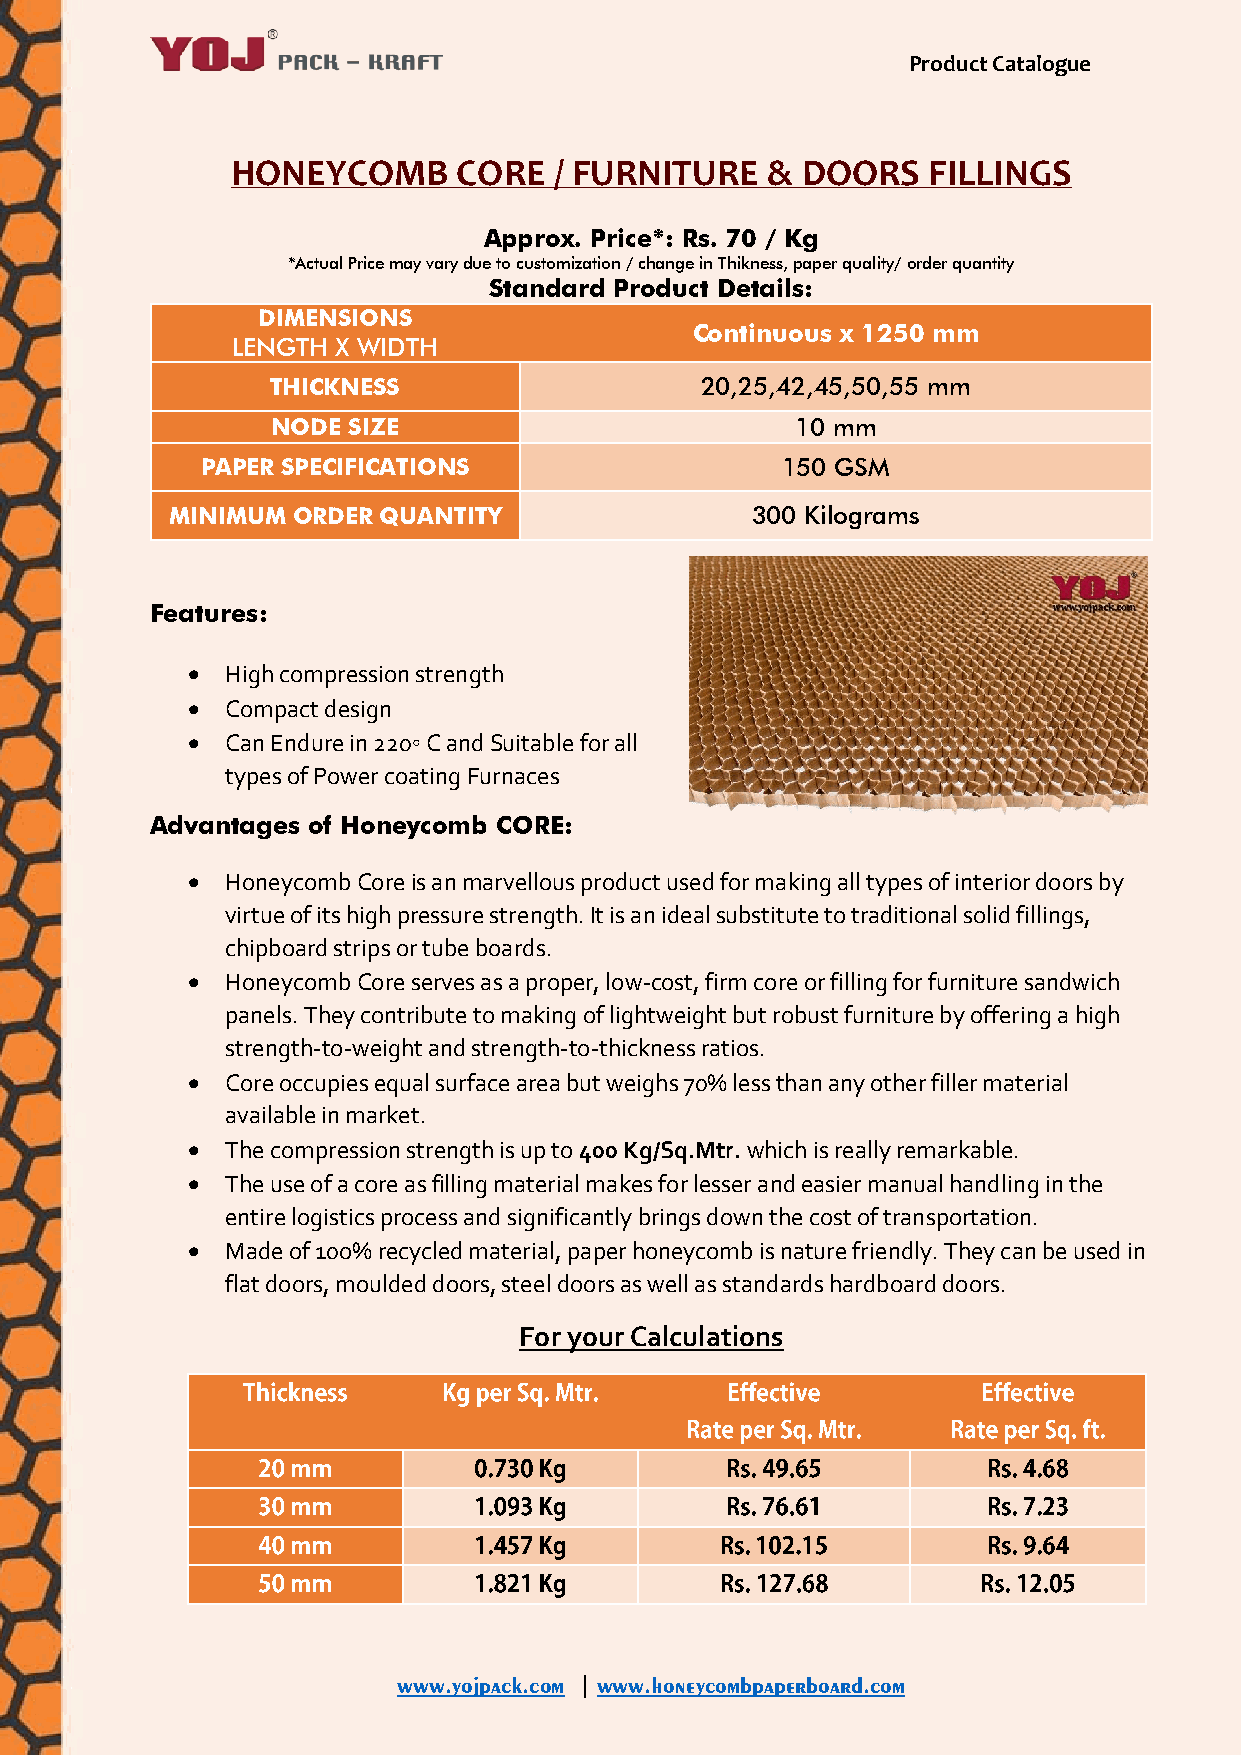
Product Catalogue
 HONEYCOMB      CORE   / FURNITURE   & DOORS   FILLINGS
 Approx. Price*: Rs. 70 / Kg
 *Actual Price may vary due to customization / change in Thikness, paper quality/ order quantity
 Standard Product Details:
 DIMENSIONS
 Continuous x 1250 mm
 LENGTH X WIDTH
 THICKNESS                   20,25,42,45,50,55 mm
 NODE SIZE                          10 mm
 PAPER SPECIFICATIONS                   150 GSM
 MINIMUM ORDER QUANTITY                 300 Kilograms
 Features:
   High compression strength
   Compact design
   Can Endure in 220◦ C and Suitable for all
 types of Power coating Furnaces
 Advantages of Honeycomb CORE:
   Honeycomb Core is an marvellous product used for making all types of interior doors by
 virtue of its high pressure strength. It is an ideal substitute to traditional solid fillings,
 chipboard strips or tube boards.
   Honeycomb Core serves as a proper, low-cost, firm core or filling for furniture sandwich
 panels. They contribute to making of lightweight but robust furniture by offering a high
 strength-to-weight and strength-to-thickness ratios.
   Core occupies equal surface area but weighs 70% less than any other filler material
 available in market.
   The compression strength is up to 400 Kg/Sq.Mtr. which is really remarkable.
   The use of a core as filling material makes for lesser and easier manual handling in the
 entire logistics process and significantly brings down the cost of transportation.
   Made of 10o% recycled material, paper honeycomb is nature friendly. They can be used in
 flat doors, moulded doors, steel doors as well as standards hardboard doors.
 For your Calculations
 www.yojpack.com | www.honeycombpaperboard.com